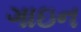
ગાઇન